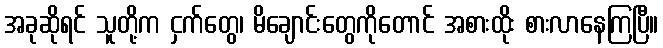
အခုဆိုရင် သူတို့က ငှက်တွေ၊ မိချောင်းတွေကိုတောင် အစားထိုး စားလာနေကြပြီ။